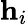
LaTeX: \mathbf{h}_{i}